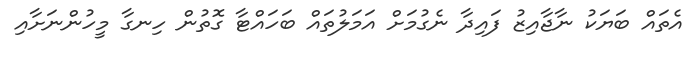
އެތައް ބަޔަކު ނާޖާއިޒު ފައިދާ ނެގުމަށް އަމަލުތައް ބަހައްޓާ ގޮތުން ހިނގާ މީހުންނަށާއި